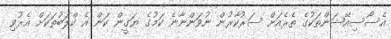
އެސޯސިއޭޝަންތަކުގެ ތެރެއަށް ސަރުކާރުން ނުވަންނާނެ ކަމުގެ ޔަގީން ކަން އެ ކްލަބުތަކަށް އެރުވި